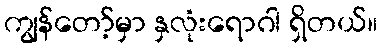
ကျွန်တော့်မှာ နှလုံးရောဂါ ရှိတယ်။